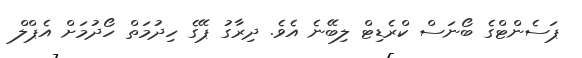
ޕަސެންޓްގެ ބޯނަސް ކްރެޑިޓް ލިބޭނެ އެވެ. ދިރާގު ޕޭގެ ހިދުމަތް ހޯދުމަށް އެޕްލް